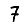
Digit: 7